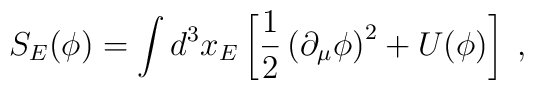
S_E(\phi)=\int d^3 x_E \left[ \frac{1}{2}\left(\partial_{\mu}\phi\right)^2 +U(\phi)\right]\;,